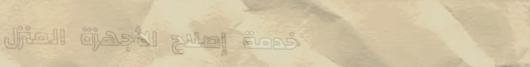
خدمة إصلاح الأجهزة المنزل